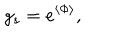
g _ { s } = e ^ { \langle \Phi \rangle } ,